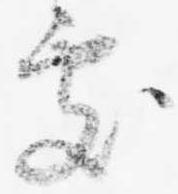
処